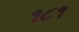
૧૮૧